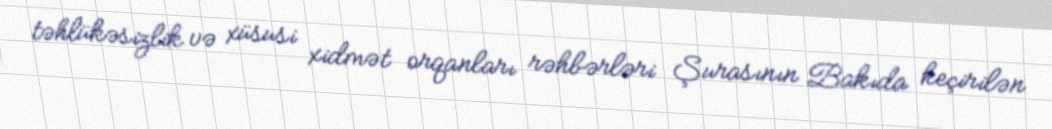
təhlükəsizlik və xüsusi xidmət orqanları rəhbərləri Şurasının Bakıda keçirilən